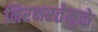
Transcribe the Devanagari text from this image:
निरक्षरतेमुळे